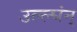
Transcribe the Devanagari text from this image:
उल्ल्घंन्